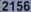
2156